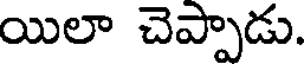
యిలా చెప్పాడు.